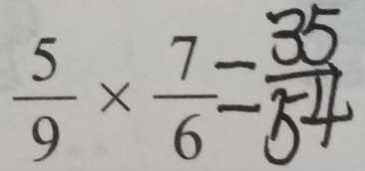
\frac { 5 } { 9 } \times \frac { 7 } { 6 } = \frac { 3 5 } { 5 4 }